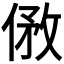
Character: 𠊮